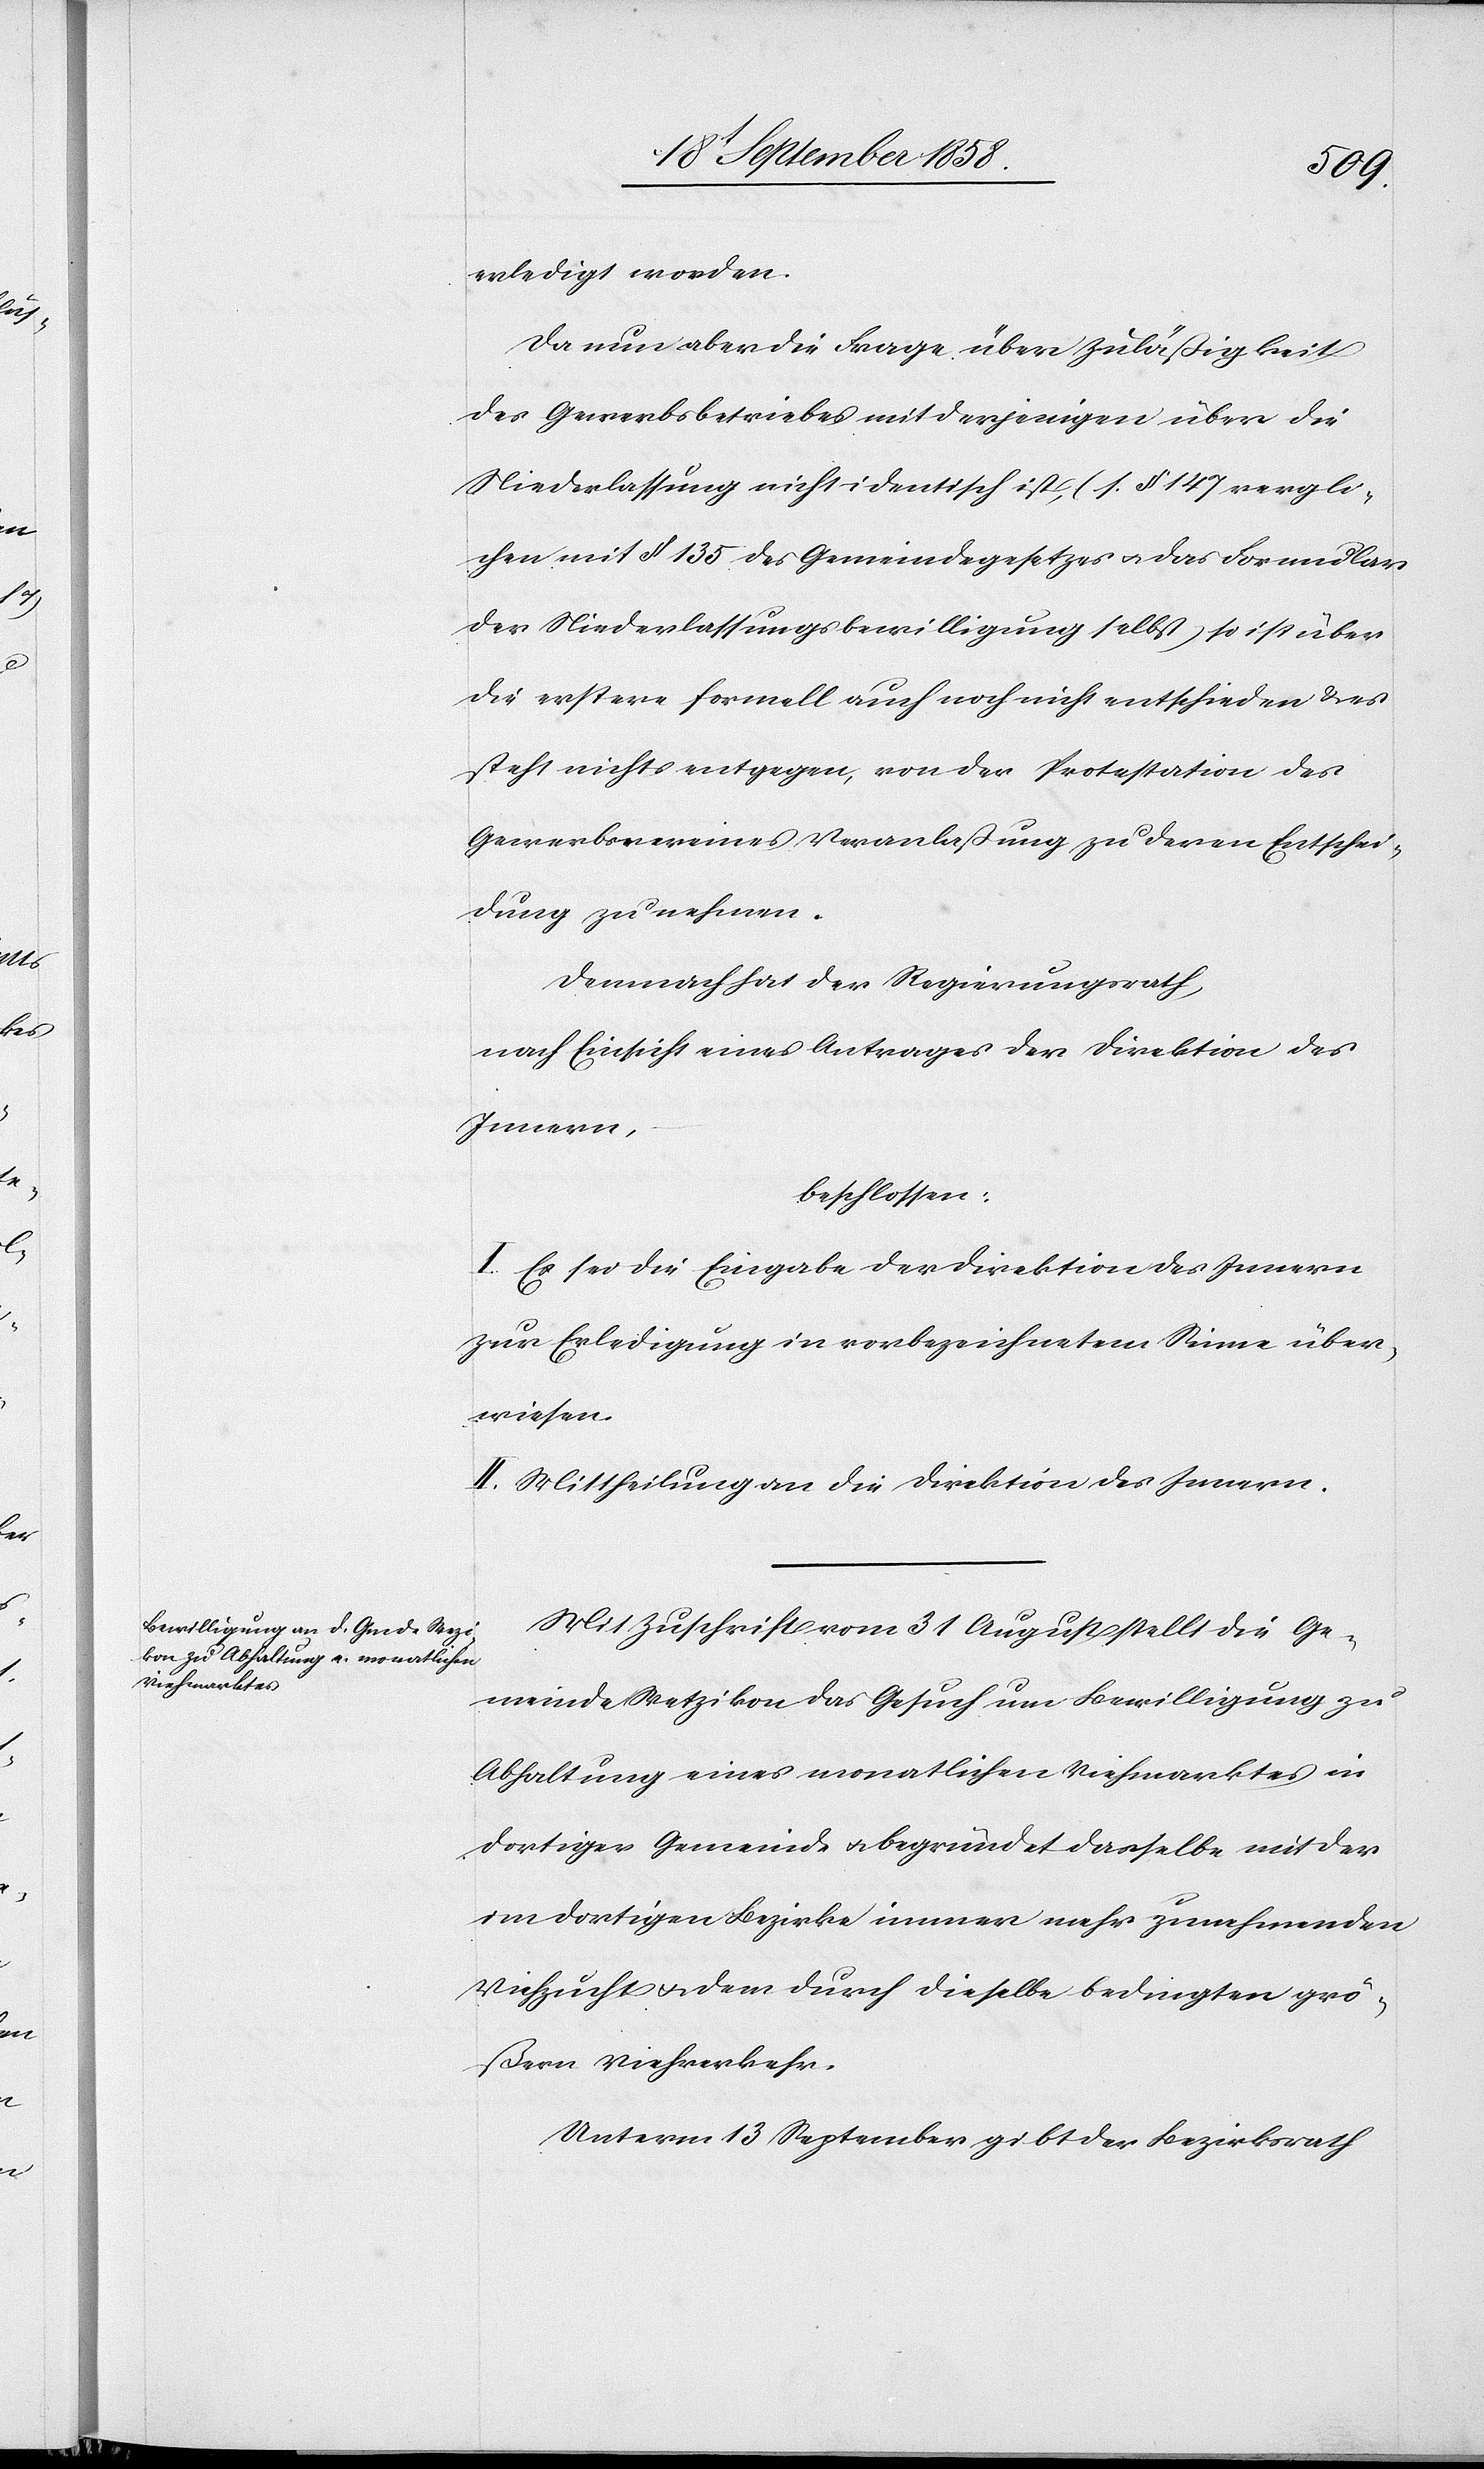
erledigt worden.
Da nun aber die Frage über Zuläßigkeit
des Gewerbsbetriebes mit derjenigen über die
Niederlassung nicht identisch ist, (s. § 147 vergli¬
chen mit § 135 des Gemeindegesetzes & das Formular
der Niederlassungsbewilligung selbst) so ist über
die erstere formell auch noch nicht entschieden & es
steht nichts entgegen, von der Protestation des
Gewerbsvereines Veranlaßung zu deren Entschei¬
dung zu nehmen.
Demnach hat der Regierungsrath,
nach Einsicht eines Antrages der Direktion des
Innern,
beschlossen:
I. Es sei die Eingabe der Direktion des Innern
zur Erledigung in vorbezeichnetem Sinne über¬
wiesen.
II. Mittheilung an die Direktion des Innern.
Mit Zuschrift vom 31 August stellt die Ge¬
meinde Wetzikon das Gesuch um Bewilligung zu
Abhaltung eines monatlichen Viehmarktes in
dortiger Gemeinde & begründet dasselbe mit der
im dortigen Bezirke immer mehr zunehmenden
Viehzucht & dem durch dieselbe bedingten grö¬
ßern Viehverkehr.
Unterm 13 September gibt der Bezirksrath